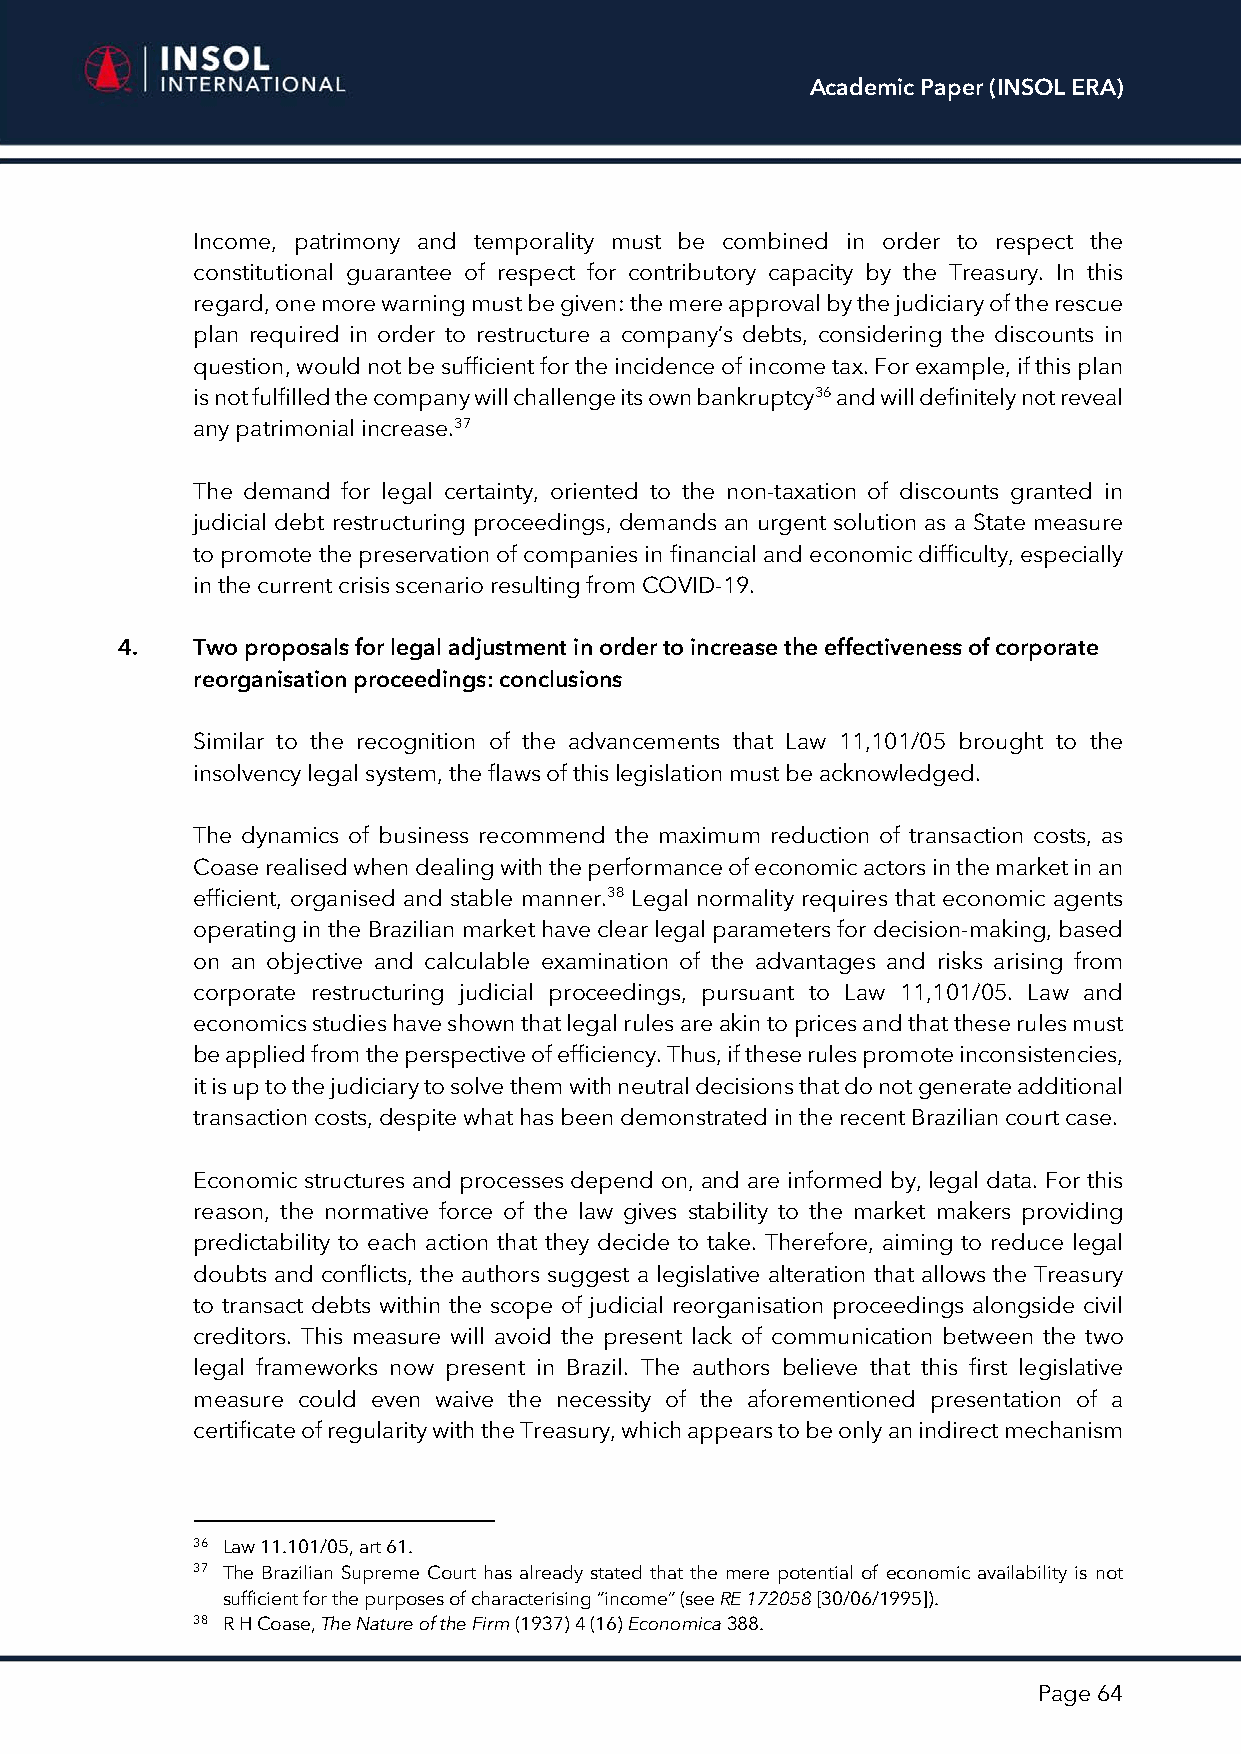
Academic Paper (INSOL ERA)
 Income, patrimony and temporality must be combined in order to respect the
 constitutional guarantee of respect for contributory capacity by the Treasury. In this
 regard, one more warning must be given: the mere approval by the judiciary of the rescue
 plan required in order to restructure a company’s debts, considering the discounts in
 question, would not be sufficient for the incidence of income tax. For example, if this plan
 is not fulfilled the company will challenge its own bankruptcy36 and will definitely not reveal
 any patrimonial increase.37
 The demand for legal certainty, oriented to the non-taxation of discounts granted in
 judicial debt restructuring proceedings, demands an urgent solution as a State measure
 to promote the preservation of companies in financial and economic difficulty, especially
 in the current crisis scenario resulting from COVID-19.
 4.   Two proposals for legal adjustment in order to increase the effectiveness of corporate
 reorganisation proceedings: conclusions
 Similar to the recognition of the advancements that Law 11,101/05 brought to the
 insolvency legal system, the flaws of this legislation must be acknowledged.
 The dynamics of business recommend the maximum reduction of transaction costs, as
 Coase realised when dealing with the performance of economic actors in the market in an
 efficient, organised and stable manner.38 Legal normality requires that economic agents
 operating in the Brazilian market have clear legal parameters for decision-making, based
 on an objective and calculable examination of the advantages and risks arising from
 corporate restructuring judicial proceedings, pursuant to Law 11,101/05. Law and
 economics studies have shown that legal rules are akin to prices and that these rules must
 be applied from the perspective of efficiency. Thus, if these rules promote inconsistencies,
 it is up to the judiciary to solve them with neutral decisions that do not generate additional
 transaction costs, despite what has been demonstrated in the recent Brazilian court case.
 Economic structures and processes depend on, and are informed by, legal data. For this
 reason, the normative force of the law gives stability to the market makers providing
 predictability to each action that they decide to take. Therefore, aiming to reduce legal
 doubts and conflicts, the authors suggest a legislative alteration that allows the Treasury
 to transact debts within the scope of judicial reorganisation proceedings alongside civil
 creditors. This measure will avoid the present lack of communication between the two
 legal frameworks now present in Brazil. The authors believe that this first legislative
 measure could even waive the necessity of the aforementioned presentation of a
 certificate of regularity with the Treasury, which appears to be only an indirect mechanism
 36 Law 11.101/05, art 61.
 37 The Brazilian Supreme Court has already stated that the mere potential of economic availability is not
 sufficient for the purposes of characterising “income” (see RE 172058 [30/06/1995]).
 38 R H Coase, The Nature of the Firm (1937) 4 (16) Economica 388.
 Page 64